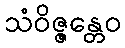
သံဝိဇ္ဇန္တေဝ